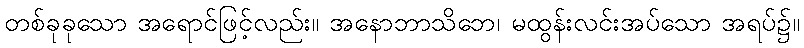
တစ်ခုခုသော အရောင်ဖြင့်လည်း။ အနောဘာသိဘေ၊ မထွန်းလင်းအပ်သော အရပ်၌။